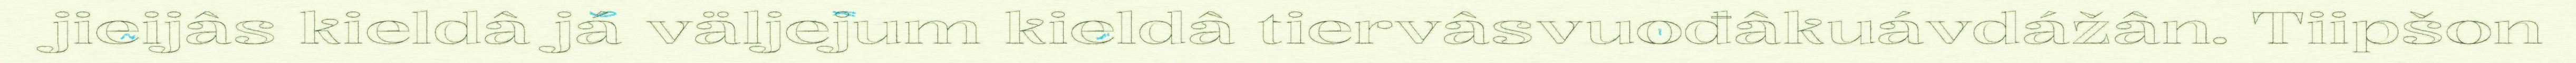
jieijâs kieldâ já väljejum kieldâ tiervâsvuođâkuávdážân. Tiipšon